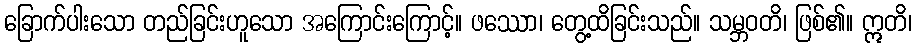
ခြောက်ပါးသော တည်ခြင်းဟူသော အကြောင်းကြောင့်။ ဖဿော၊ တွေ့ထိခြင်းသည်။ သမ္ဘဝတိ၊ ဖြစ်၏။ ဣတိ၊